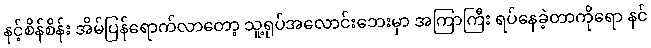
နင့်စိန်စိန်း အိမ်ပြန်ရောက်လာတော့ သူ့ရုပ်အလောင်းဘေးမှာ အကြာကြီး ရပ်နေခဲ့တာကိုရော နင်